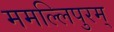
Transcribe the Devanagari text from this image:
ममल्लिपुरम्